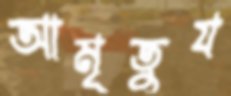
আমৃতুয